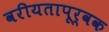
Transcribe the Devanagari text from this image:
वरीयतापूर्वक